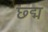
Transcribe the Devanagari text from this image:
छ्द्म